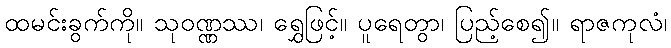
ထမင်းခွက်ကို။ သုဝဏ္ဏဿ၊ ရွှေဖြင့်။ ပူရေတွာ၊ ပြည့်စေ၍။ ရာဇကုလံ၊